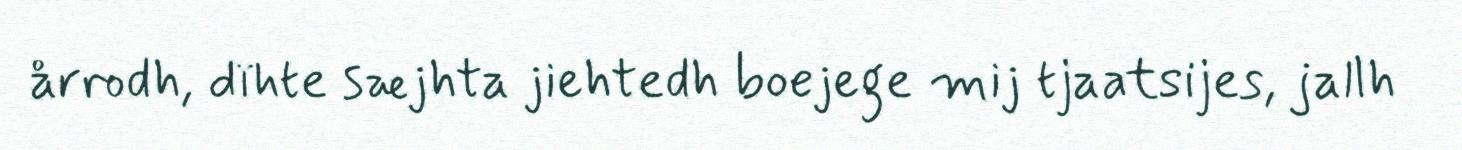
årrodh, dïhte sæjhta jiehtedh boejege mij tjaatsijes, jallh